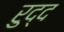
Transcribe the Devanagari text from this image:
रुद्द